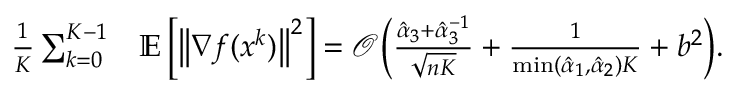
\begin{array} { r l } { \frac { 1 } { K } \sum _ { k = 0 } ^ { K - 1 } } & { \mathbb { E } \left[ \left\| \nabla f ( x ^ { k } ) \right\| ^ { 2 } \right] = \mathcal { O } \Big ( \frac { \hat { \alpha } _ { 3 } + \hat { \alpha } _ { 3 } ^ { - 1 } } { \sqrt { n K } } + \frac { 1 } { \operatorname* { m i n } ( \hat { \alpha } _ { 1 } , \hat { \alpha } _ { 2 } ) K } + { b ^ { 2 } } \Big ) . } \end{array}